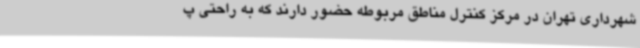
شهرداری تهران در مرکز کنترل مناطق مربوطه حضور دارند که به راحتی پ